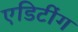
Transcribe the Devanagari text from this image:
एडिटींग